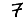
Digit: 7